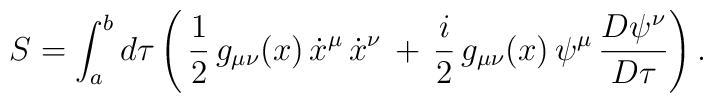
S=\int_{a}^{b}d\tau \left(\,{1\over 2}\,g_{\mu \nu}(x)\,\dot{x}^\mu \,\dot{x}^\nu\, +\, {i\over 2}\, g_{\mu \nu}(x)\,\psi^\mu \,{D\psi^\nu\over D\tau} \right).